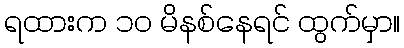
ရထားက ၁၀ မိနစ်နေရင် ထွက်မှာ။